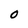
Character: 0